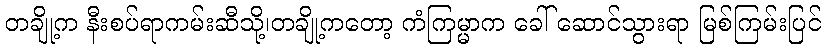
တချို့က နီးစပ်ရာကမ်းဆီသို့၊တချို့ကတော့ ကံကြမ္မာက ခေါ် ဆောင်သွားရာ မြစ်ကြမ်းပြင်